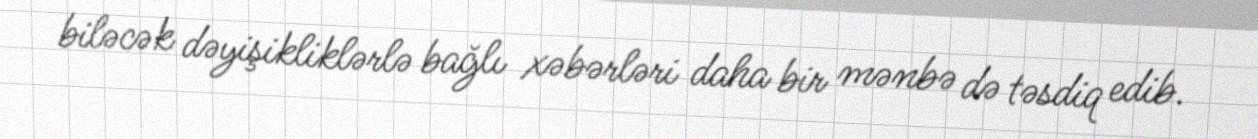
biləcək dəyişikliklərlə bağlı xəbərləri daha bir mənbə də təsdiq edib.